Calcutta medical institutions reports 1871-78
Year: 1871
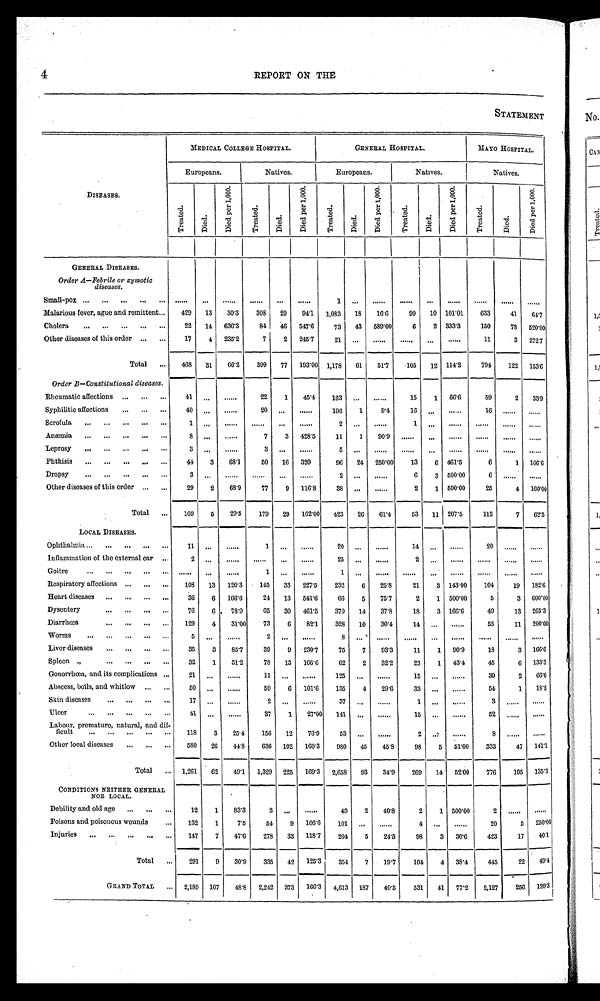
4
REPORT ON THE
STATEMENT
MEDICAL COLLEGE HOSPITAL.
GENERAL HOSPITAL.
MAYO HOSPITAL.
Europeans.
Natives.
Europeans.
Natives.
Natives.
DISEASES.
T r e a t e d
D i e d .
D i e d p e r 1 , 0 0 0 .
T r e a t e d
D i e d .
D i e d p e r 1 , 0 0 0 .
T e a t e d
D i e d .
D i e d p e r 1 , 0 0 0 .
T r e a t e d
D i e d .
D i e d p e r 1 , 0 0 0 .
T r e a t e d
D i e d .
D i e d p e r 1 , 0 0 0 .
GENERAL DISEASES.
Order AFebrile or zymotic
diseases.
Small-pox ...
...
.
Malarious fever, ague and remittent...
Cholera
...
...
...
...
...
Other diseases of this order ...
...
429
22
17
13
14
4
30'3
636'3 2 3 5 . 2
308
84
7
29
46 2
94'1
547. 6
245. 7
1
1,083
73
21
18
43
16'6
589.00
99
6
10
2
...
101'01
333'3
......
633
150
11
41
78
3
6 4 . 7
520'00
272'7
Total
...
468
31
06'2
399
77
193'00 1,178
61
5r7
105
12 114'2
794
122
153.6
Order BConstitutional diseases.
Rheumatic affections ...
...
...
Syphilitic affections
...
...
...
Scrofula
...
...
...
...
...
Anaemia
Leprosy
...
...
...
..,
...
Phthisis
..............
Dropsy
...
...
...
...
...
Other diseases of this order ...
...
41
40
1
8
3
44
3
29
...
...
..,
...
...
3
2
......
......
......
......
631
68'9
22
20
7
3
3
50
77
1
...
3
...
16
9
45.4
......
428'5
..... .
320
116'8
163
106
2
11
5
96
2
38
...
1
1
24
...
......
9'4
90'9
250'00
......
15
16
1
13
6
2
1
.
6
3
1
..
66'6
46r5
500'00
500'00
59
16
6
6
25
2
......
1
4
33.9
......
166'6
160'00
Total
...
169
5
29'5
179
29
162'00
423
26
6 1 . 4
53
11 207'5
112
7
62'5
LOCAL DISEASES.
Ophthalmia ...
...
...
...
Inflammation of the external ear ..,
Goitre
Respiratory affections ...
...
...
Heart diseases ...
...
...
„,
Dysentery
Diarrhœa
..
..
...
...
Liver diseases
...
...
...
Spleen „
...
...
...
...
Gonorrhoea, and its complications ...
Abscess, boils, and whitlow ...
...
Skin diseases
...
...
...
,,,
Ulcer
...
...
...
...
...
Labour, premature, natural, and dif-
ficult
...
...
...
...
...
Other local diseases
...
...
...
11
2
108
36
76
129
35
32
2
50
1
41
118
580
...
13
6
6 ,
4
...
3
1
. . .
...
...
...
3
26
......
120'3
166'6
78'9
31'00
......
85'7
31'2
.....
......
......
......
2 5 . 4
4 4 . 8
1
1
145
24
65
73
2
39
78
11
59
2
37
156
636
...
33
13
30
6
. . .
9
13
...
6
...
1
12
102
......
227.5
541'6
461'5
821
......
230'7
166'6
......
101'6
......
27'00
76'9
160'3
20
25
1
232
66
370
328
8
75
62
125
135
37
141
53
980
...
6
5
14
10
... '
7
2
...
4
„,
...
...
45
......
2 5 . 8
7 5 . 7
37'8
30'4
93'3
32'2
......
29'6
......
......
......
45'8
14
2
21
2
18
14
11
23
15
33
1
15
2
98
3
1
3
...
1
1
...
. . .
5
143'00
500'00
166'6
......
90'9
43'4
......
......
51'00
20
104
5
49
55
18
45
30
5 4
3
8
333
52
19
3
13
11
3
6
2
1
47
182'6
600'00
265'3
200'00
166'6
133'3
66'6
18'5
......
1 4 1 . 1
Total
... 1,261
62
491
1,329
225
169'3
2,658
93
34'9
269
14
52'00
776
105
135'3
CONDITIONS NEITHER GENERAL
NOR LOCAL.
Debility and old age
...
...
. . .
Poisons and poisonous wounds
...
Injuries
. . . . . . . . . . . . . .
. . . . . .
12
132
147
1
1
7
83'3
7'5
47'6
3
54
278
. . .
9
33
......
166'6
118'7
49
101
204
2
...
5
40'8
......
24'5
2
4
98
1
...
3
5 0 0 . 0 0
......
30'6
2
20
423
5
17
......
250'01
401
Total
.,.
291
9
30'9
335
42
125'3
354
7
19'7
104
4
38'4
445
22
49. 4
GRAND TOTAL
... 2,189 107
4 8 . 8 2,242
373
166'3
4,613 187
40'5
531
41
77'2
2,127
256
120'3